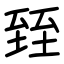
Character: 臸